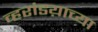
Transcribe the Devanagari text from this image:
व्हरांडय़ाच्या